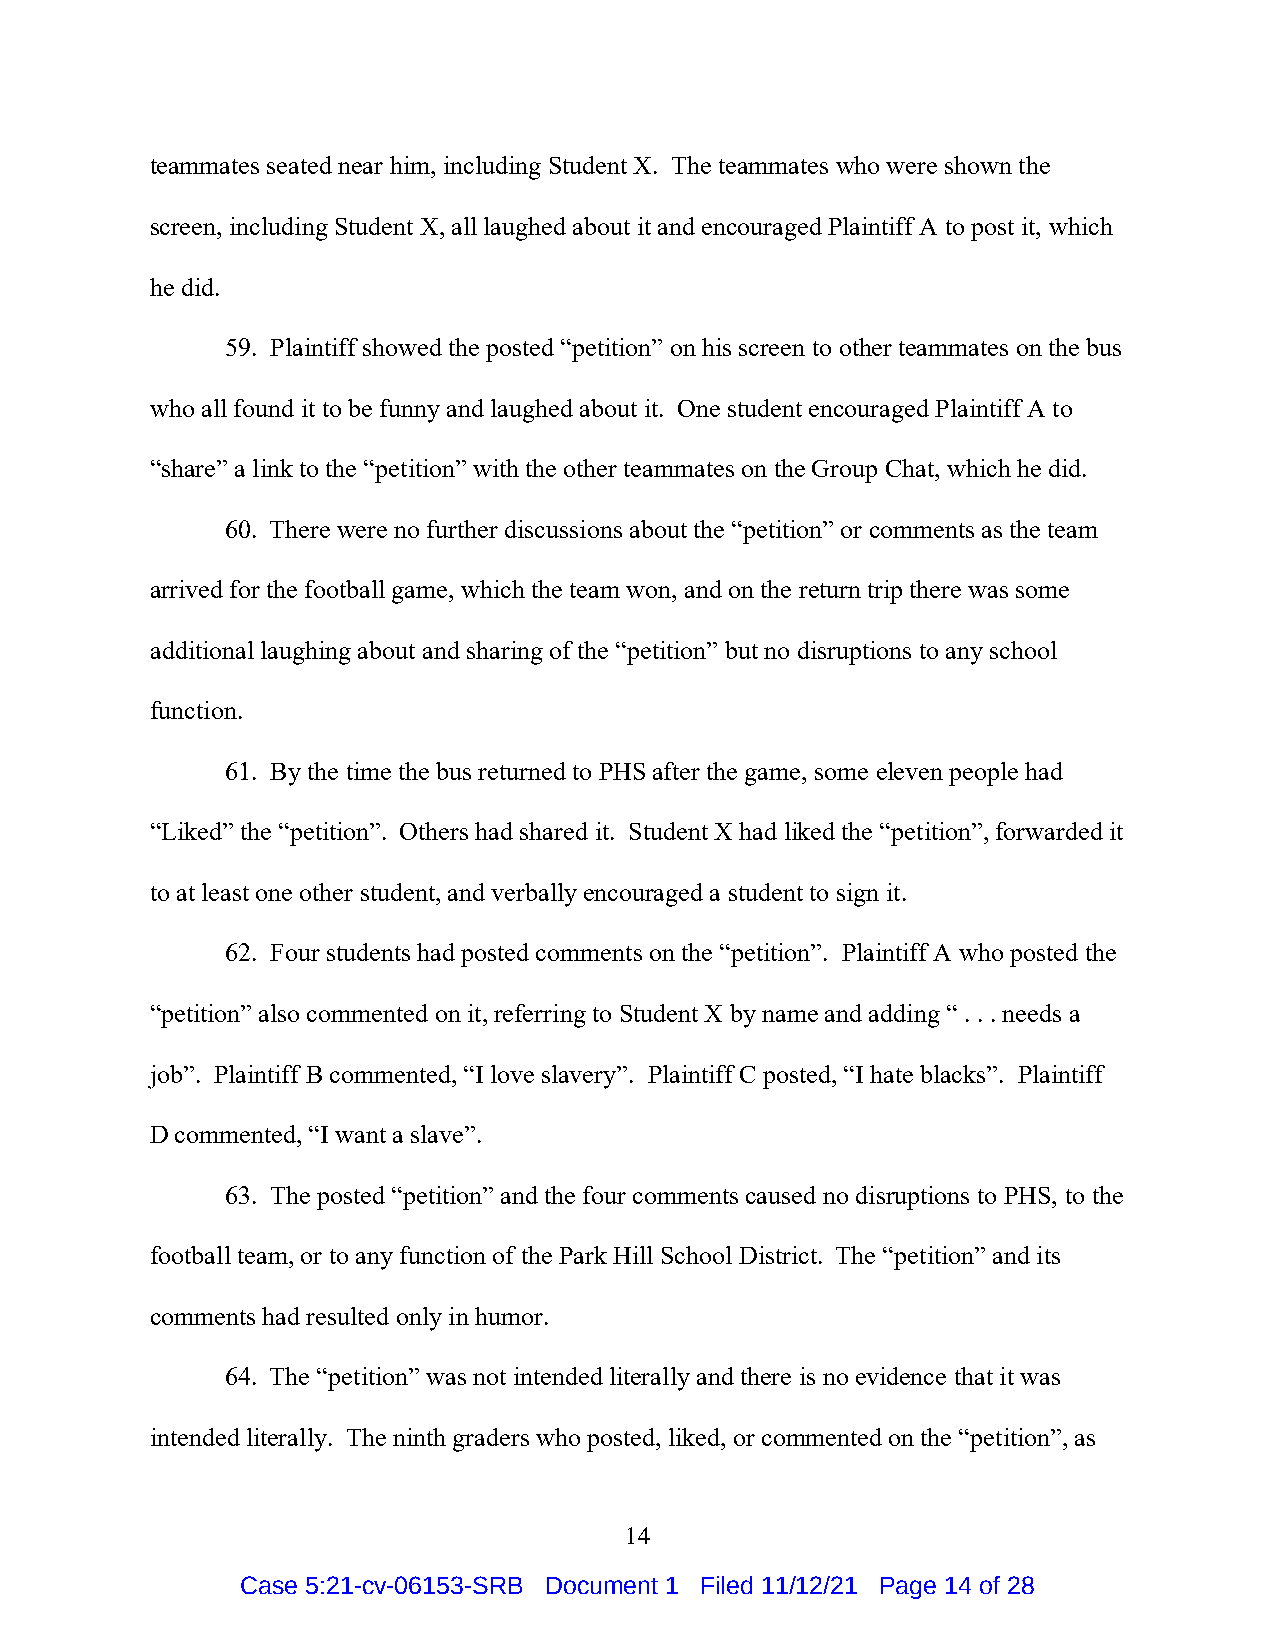
teammates seated near him, including Student X. The teammates who were shown the
 screen, including Student X, all laughed about it and encouraged Plaintiff A to post it, which
 he did.
 59. Plaintiff showed the posted “petition” on his screen to other teammates on the bus
 who all found it to be funny and laughed about it. One student encouraged Plaintiff A to
 “share” a link to the “petition” with the other teammates on the Group Chat, which he did.
 60. There were no further discussions about the “petition” or comments as the team
 arrived for the football game, which the team won, and on the return trip there was some
 additional laughing about and sharing of the “petition” but no disruptions to any school
 function.
 61. By the time the bus returned to PHS after the game, some eleven people had
 “Liked” the “petition”. Others had shared it. Student X had liked the “petition”, forwarded it
 to at least one other student, and verbally encouraged a student to sign it.
 62. Four students had posted comments on the “petition”. Plaintiff A who posted the
 “petition” also commented on it, referring to Student X by name and adding “ . . . needs a
 job”. Plaintiff B commented, “I love slavery”. Plaintiff C posted, “I hate blacks”. Plaintiff
 D commented, “I want a slave”.
 63. The posted “petition” and the four comments caused no disruptions to PHS, to the
 football team, or to any function of the Park Hill School District. The “petition” and its
 comments had resulted only in humor.
 64. The “petition” was not intended literally and there is no evidence that it was
 intended literally. The ninth graders who posted, liked, or commented on the “petition”, as
 14
 Case 5:21-cv-06153-SRB Document 1 Filed 11/12/21 Page 14 of 28